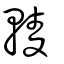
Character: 輘